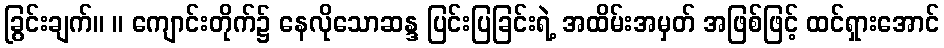
ခြွင်းချက်။ ။ ကျောင်းတိုက်၌ နေလိုသောဆန္ဒ ပြင်းပြခြင်းရဲ့ အထိမ်းအမှတ် အဖြစ်ဖြင့် ထင်ရှားအောင်